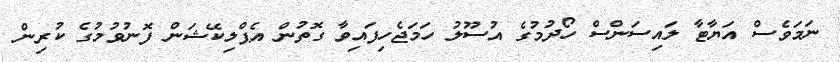
ނަމަވެސް އަޔާޓާ ލައިސަންސް ހޯދުމުގެ އުސޫލު ހަމަޖެހިފައިވާ ގޮތުން އެޕްލިކޭޝަން ފޮނުވުމުގެ ކުރިން